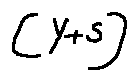
[ y + s ]